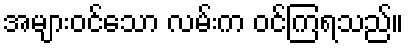
အများဝင်သော လမ်းက ဝင်ကြရသည်။